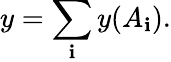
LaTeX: y=\sum_{\mathbf{i}}y(A_{\mathbf{i}}).